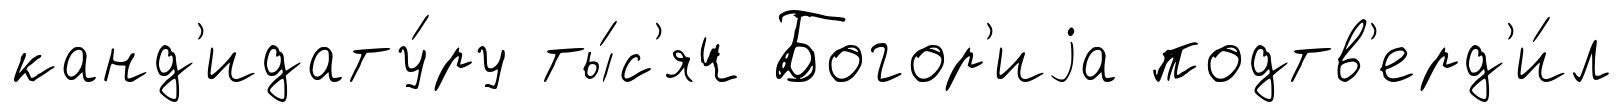
канд'идату́ру ты́с'яч Богор'иjа подтв'ерд'и́л